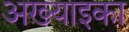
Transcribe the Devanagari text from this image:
अख्याइका